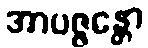
အာပဇ္ဇန္တော